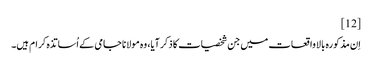
[12]
اِن مذکورہ بالا واقعات میں جن شخصیات کا ذکر آیا، وہ مولانا جامی کے اُساتذہ کرام ہیں۔